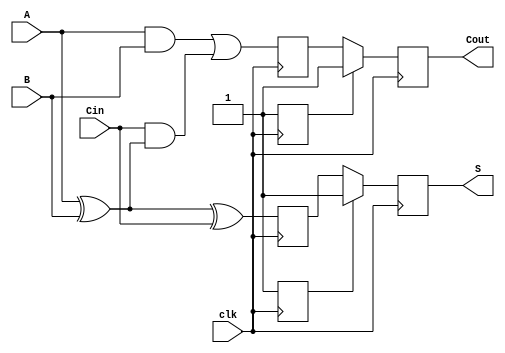
module dynamic_full_adder (
    input wire A,      // First input bit
    input wire B,      // Second input bit
    input wire Cin,    // Carry-in bit
    input wire clk,    // Clock signal
    output reg S,      // Sum output
    output reg Cout    // Carry-out output
);

    // Internal signals for precharge and evaluation
    reg precharge_S, precharge_Cout;
    reg eval_S, eval_Cout;

    // Precharge phase
    always @(posedge clk) begin
        // During the precharge phase, set outputs to high
        precharge_S <= 1'b1;
        precharge_Cout <= 1'b1;
    end

    // Evaluation phase
    always @(negedge clk) begin
        // Evaluate the outputs based on inputs A, B, and Cin
        // Sum output S = A XOR B XOR Cin
        eval_S <= A ^ B ^ Cin;

        // Carry-out output Cout = (A AND B) OR (Cin AND (A XOR B))
        eval_Cout <= (A & B) | (Cin & (A ^ B));

        // Assign evaluated values to outputs
        S <= precharge_S ? 1'b1 : eval_S;
        Cout <= precharge_Cout ? 1'b1 : eval_Cout;
    end

endmodule